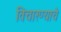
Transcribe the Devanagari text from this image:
विचारण्याचे